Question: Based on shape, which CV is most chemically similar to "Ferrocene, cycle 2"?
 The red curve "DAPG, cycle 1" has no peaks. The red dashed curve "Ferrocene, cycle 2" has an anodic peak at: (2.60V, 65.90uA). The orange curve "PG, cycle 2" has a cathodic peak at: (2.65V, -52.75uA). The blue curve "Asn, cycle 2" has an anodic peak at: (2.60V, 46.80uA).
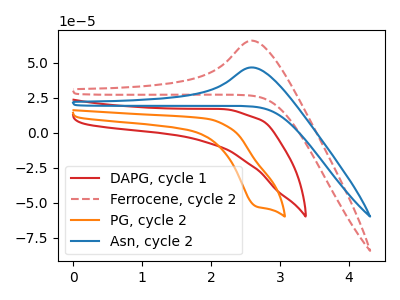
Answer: <think>"DAPG, cycle 1" and "Ferrocene, cycle 2" have a different number of peaks. "DAPG, cycle 1" and "PG, cycle 2" have a different number of peaks. "DAPG, cycle 1" and "Asn, cycle 2" have a different number of peaks. "Ferrocene, cycle 2" and "PG, cycle 2" have at least one peak that do not match. All the peaks in "Ferrocene, cycle 2" have a peak in "Asn, cycle 2" at the same potential. Every peak in "Ferrocene, cycle 2" is higher than every peak in "Asn, cycle 2". "PG, cycle 2" and "Asn, cycle 2" have at least one peak that do not match.
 </think>
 <answer>The CV with the most similar shape to "Asn, cycle 2" is "Ferrocene, cycle 2".</answer>
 <eval>"Ferrocene, cycle 2"</eval>